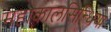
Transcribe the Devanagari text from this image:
महाकालसिन्धिया